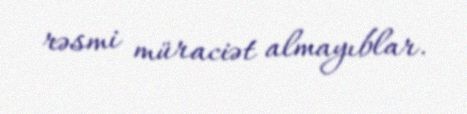
rəsmi müraciət almayıblar.